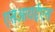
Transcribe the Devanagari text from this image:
एसआयईएस